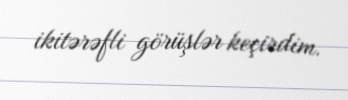
ikitərəfli görüşlər keçirdim.